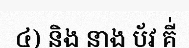
៤) និង នាង ប័វ គី់